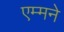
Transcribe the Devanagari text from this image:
एम्मने